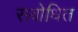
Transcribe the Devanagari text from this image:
सबोधित